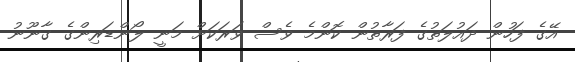
އޭގެ ފަހުން ދައުލަތުގެ ފަރާތުން ކޮންމެ ވެސް ވަރަކަށް މަނީ ލޯންޑަރިންގެ ގާނޫނު